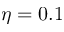
\eta = 0 . 1